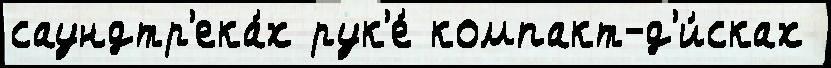
саундтр'ека́х рук'е́ компакт-д'и́сках